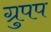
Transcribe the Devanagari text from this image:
ग्रुपप